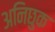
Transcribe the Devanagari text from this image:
अनिछुक